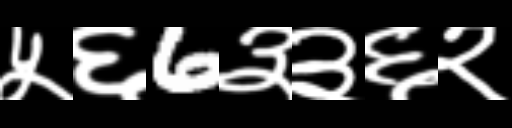
Text: ५६6३३६२